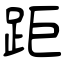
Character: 距